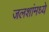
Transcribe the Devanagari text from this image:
जलशांमध्ये